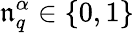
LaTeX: {\mathfrak{n}}_{q}^{\alpha}\in\lbrace0,1\rbrace